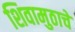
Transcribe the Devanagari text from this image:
शिवामुठाचे